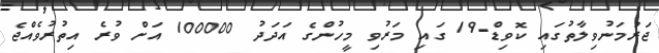
ޖަރުމަނުވިލާތުގައި ކޮވިޑް-19 ގައި މަރުވި މީހުންގެ އަދަދު 100000 އަށް ވުރެ އިތުރުވެއްޖެ